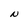
Character: N